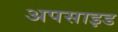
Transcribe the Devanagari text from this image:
अपसाइड